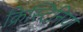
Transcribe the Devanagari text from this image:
क्रिस्टिनिया